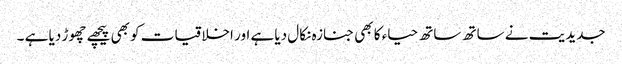
جدیدیت نے ساتھ ساتھ حیاء کا بھی جنازہ نکال دیا ہے اور اخلاقیات کو بھی پیچھے چھوڑ دیا ہے ۔